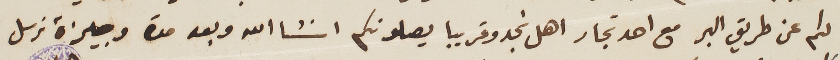
لكم عن طريق البر مع احد تجار اهل نجد وقريبا يصلونكم انشاالله وبعد مدة وجيزة نرسل